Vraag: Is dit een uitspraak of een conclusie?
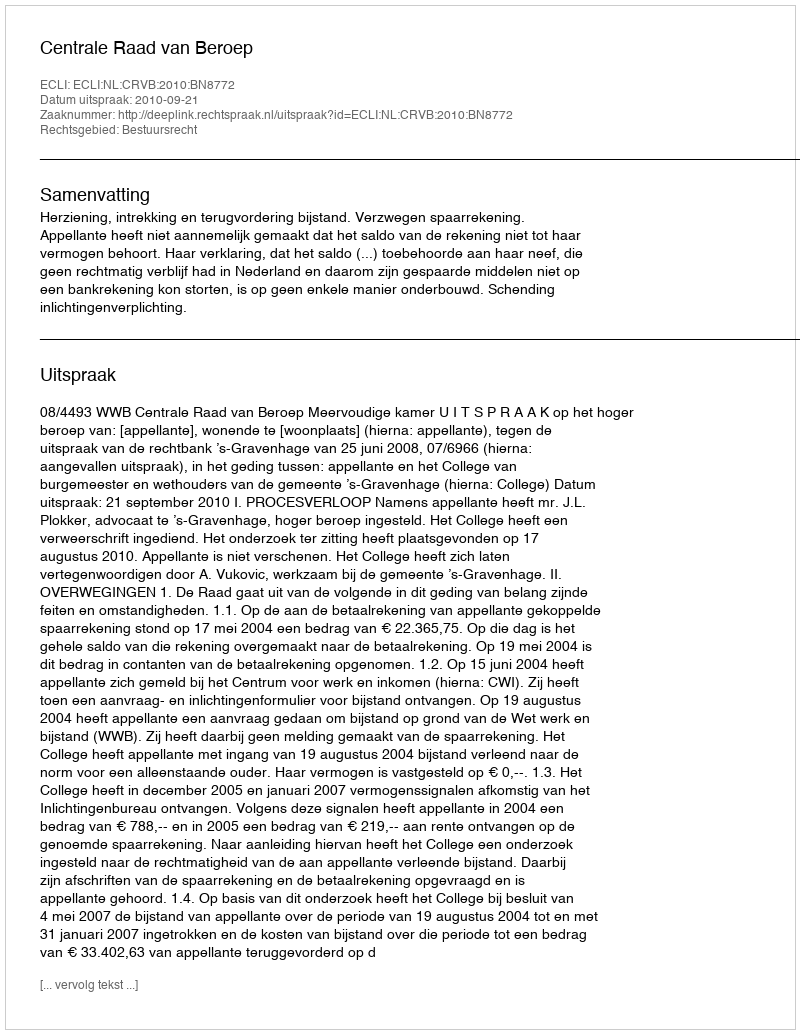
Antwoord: Uitspraak